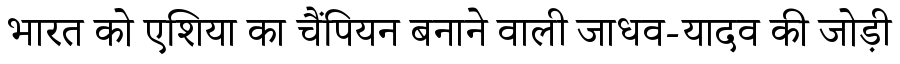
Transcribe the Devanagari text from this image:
भारत को एशिया का चैंपियन बनाने वाली जाधव-यादव की जोड़ी